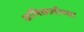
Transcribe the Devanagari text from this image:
आणिछातीच्या